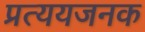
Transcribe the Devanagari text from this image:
प्रत्ययजनक